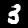
Label: 3